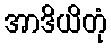
အာဒိယိတုံ